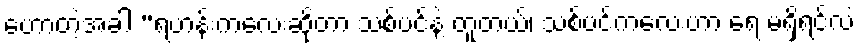
ဟောတဲ့အခါ “ရဟန်းကလေးဆိုတာ သစ်ပင်နဲ့ တူတယ်၊ သစ်ပင်ကလေးဟာ ရေ မရှိရင်လဲ